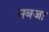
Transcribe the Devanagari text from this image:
सबजा